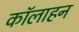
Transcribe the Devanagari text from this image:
कॉलाहन